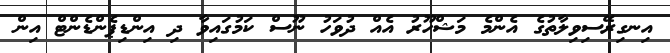
އިނގިރޭސިވިލާތުގެ އެންމެ މަޝްހޫރު އެއް ދުވަހު ނޫސް ކަމުގައިވާ ދި އިންޑިޕެންޑެންޓް އިން